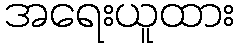
အရေးယူထား